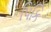
પિકિ